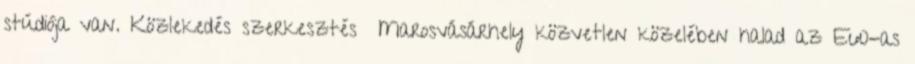
stúdiója van. Közlekedés szerkesztés Marosvásárhely közvetlen közelében halad az E60-as